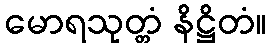
မောရသုတ္တံ နိဋ္ဌိတံ။